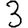
Digit: 3